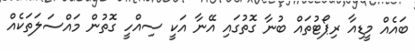
ބައެއް މީޑިއާ ރިޕޯޓުތައް ބުނާ ގޮތުގައި އޭނާ އަކީ ސިއްހީ ގޮތުން މައްސަލަތަކެއް